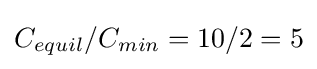
C_{equil}/C_{min}=10/2=5